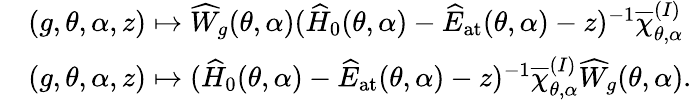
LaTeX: \begin{array}{rl}&{(g,\theta,\alpha,z)\mapsto\widehat{W}_{g}(\theta,\alpha)(\widehat{H}_{0}(\theta,\alpha)-\widehat{E}_{\mathrm{at}}(\theta,\alpha)-z)^{-1}\overline{{\chi}}_{\theta,\alpha}^{(I)}}\\ &{(g,\theta,\alpha,z)\mapsto(\widehat{H}_{0}(\theta,\alpha)-\widehat{E}_{\mathrm{at}}(\theta,\alpha)-z)^{-1}\overline{{\chi}}_{\theta,\alpha}^{(I)}\widehat{W}_{g}(\theta,\alpha).}\end{array}